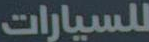
للسيارات